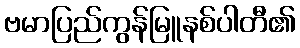
ဗမာပြည်ကွန်မြူနစ်ပါတီ၏